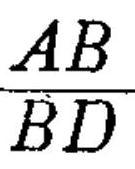
\(\frac{AB}{BD}\)